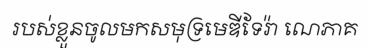
របស់ខ្លួនចូលមកសមុទ្រមេឌីទែរ៉ា ណេភាគ